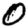
Digit: 0